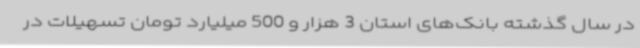
در سال گذشته بانک‌های استان 3 هزار و 500 میلیارد تومان تسهیلات در